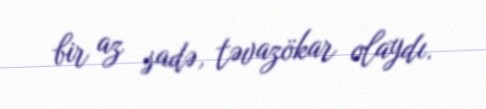
bir az sadə, təvazökar olaydı.